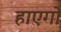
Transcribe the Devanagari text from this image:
हाएगो